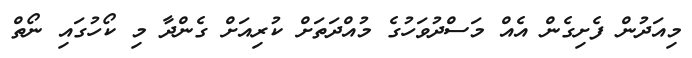
މިއަދުން ފެށިގެން އެއް މަސްދުވަހުގެ މުއްދަތަށް ކުރިއަށް ގެންދާ މި ކޯހުގައި ނޯތް